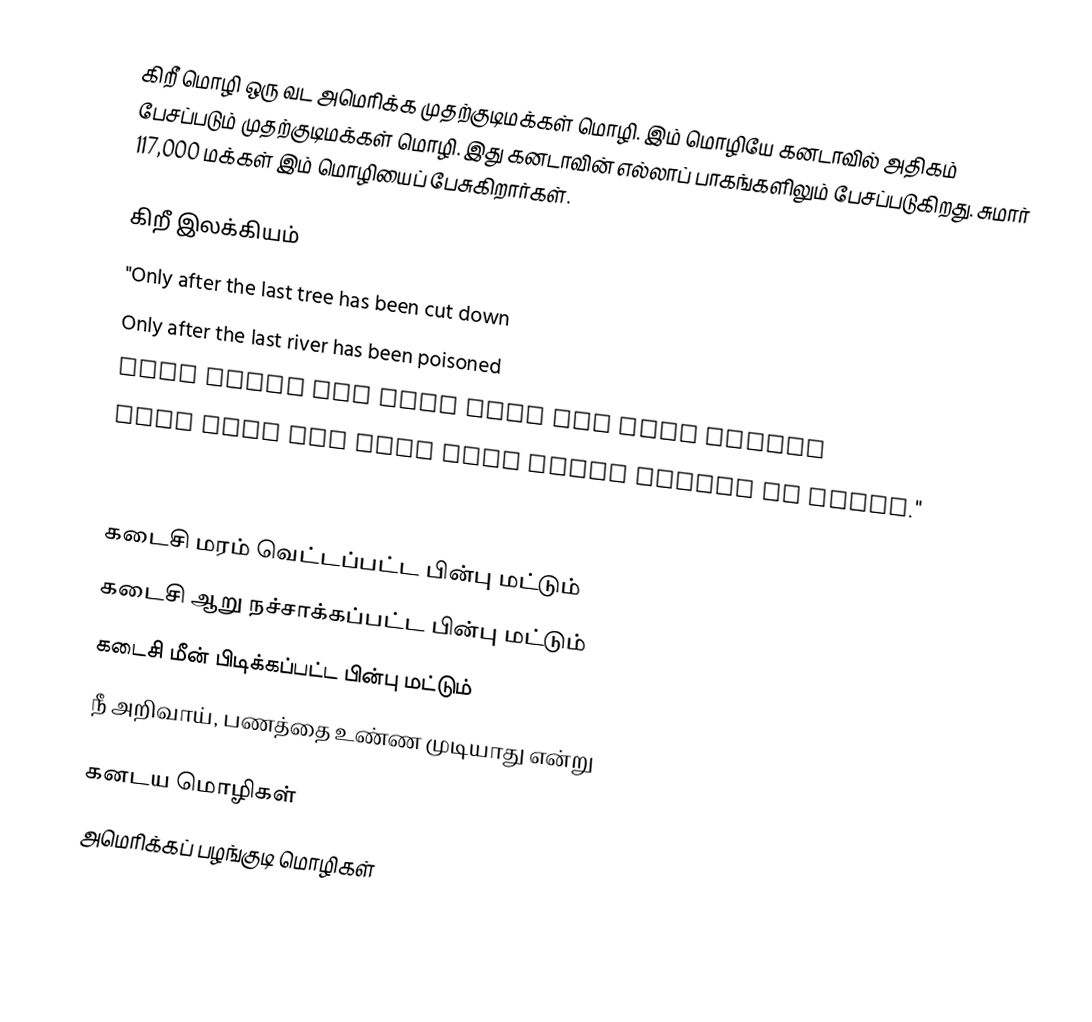
கிறீ மொழி ஒரு வட அமெரிக்க முதற்குடிமக்கள் மொழி.  இம் மொழியே கனடாவில் அதிகம் பேசப்படும் முதற்குடிமக்கள் மொழி.  இது கனடாவின் எல்லாப் பாகங்களிலும் பேசப்படுகிறது.  சுமார் 117,000 மக்கள் இம் மொழியைப் பேசுகிறார்கள்.

கிறீ இலக்கியம்
 "Only after the last tree has been cut down
 Only after the last river has been poisoned
 Only after the last fish has been caught
 Then will you find that money cannot be eaten."

 Cree Prophecy"

 கடைசி மரம் வெட்டப்பட்ட பின்பு மட்டும்
 கடைசி ஆறு நச்சாக்கப்பட்ட பின்பு மட்டும்
 கடைசி மீன் பிடிக்கப்பட்ட பின்பு மட்டும்
 நீ அறிவாய், பணத்தை உண்ண முடியாது என்று

கனடய மொழிகள்
அமெரிக்கப் பழங்குடி மொழிகள்